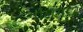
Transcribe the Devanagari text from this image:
गीतगद्य